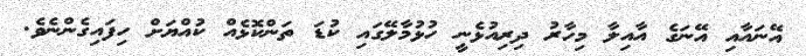
އޭނައާއި އޭނަގެ އާއިލާ މިހާރު ދިރިއުޅެނީ ހުޅުމާލޭގައި ކުޑަ ތަންކޮޅެއް ކުއްޔަށް ހިފައިގެންނެވެ.